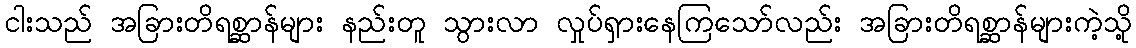
ငါးသည် အခြားတိရစ္ဆာန်များ နည်းတူ သွားလာ လှုပ်ရှားနေကြသော်လည်း အခြားတိရစ္ဆာန်များကဲ့သို့